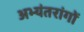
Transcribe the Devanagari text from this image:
अभ्यंतरांगों